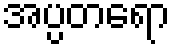
အပ္ပတရော